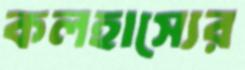
কলহাস্যের